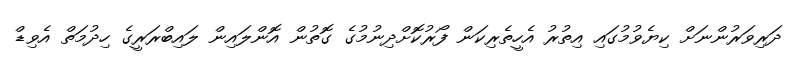
ދަރިވަރުންނަށް ކިޔެވުމުގައި އިތުރު އެހީތެރިކަން ފޯރުކޮށްދިނުމުގެ ގޮތުން އޮންލައިން ލައިބްރަރީގެ ހިދުމަތް އެވިޑް